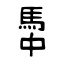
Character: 馽